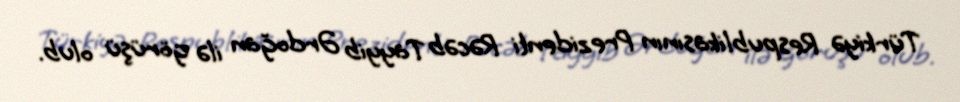
Türkiyə Respublikasının Prezidenti Rəcəb Tayyib Ərdoğan ilə görüşü olub.